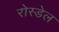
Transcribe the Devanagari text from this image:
रोस्डेल